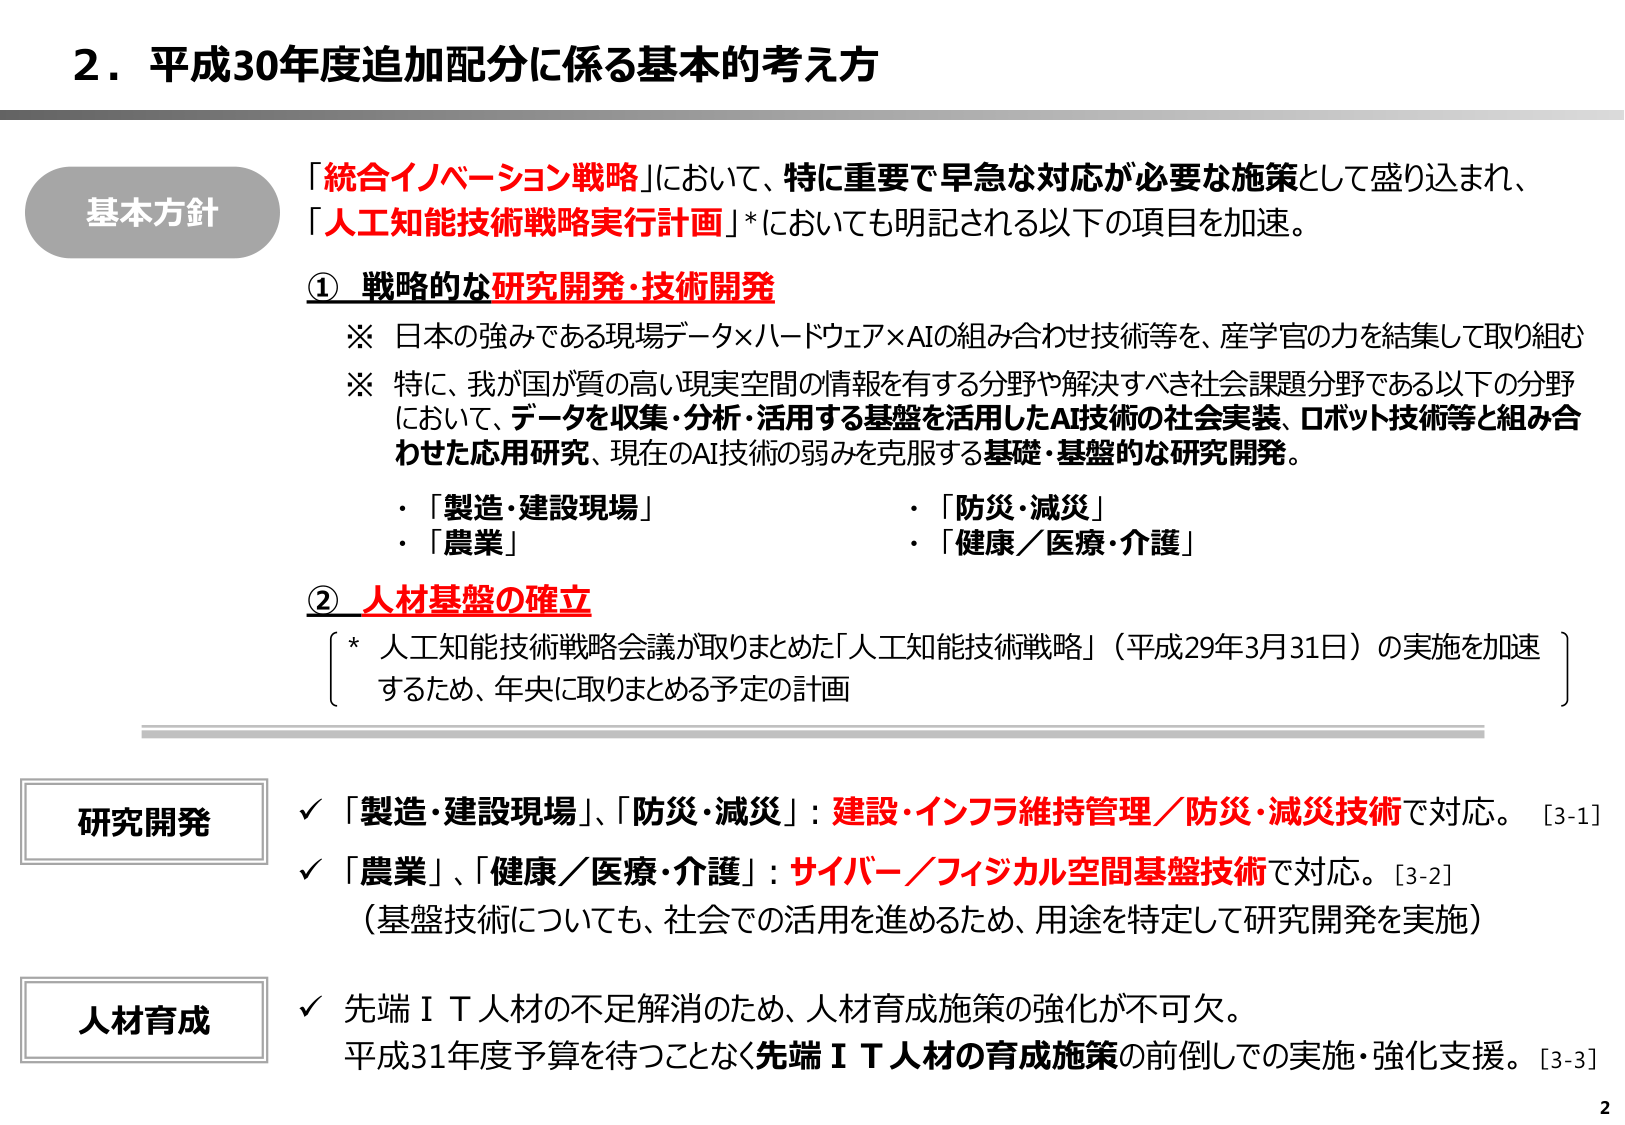
2．平成30年度追加配分に係る基本的考え方

基本方針
「統合イノベーション戦略」において、特に重要で早急な対応が必要な施策として盛り込まれ、
「人工知能技術戦略実行計画」*においても明記される以下の項目を加速。

① 戦略的な研究開発・技術開発
※ 日本の強みである現場データ×ハードウェア×AIの組み合わせ技術等を、産学官の力を結集して取り組む
※ 特に、我が国が質の高い現実空間の情報を有する分野や解決すべき社会課題分野である以下の分野
において、データを収集・分析・活用する基盤を活用したAI技術の社会実装、ロボット技術等と組み合
わせた応用研究、現在のAI技術の弱みを克服する基礎・基盤的な研究開発。
・「製造・建設現場」
・「農業」
・「防災・減災」
・「健康／医療・介護」

② 人材基盤の確立
* 人工知能技術戦略会議が取りまとめた「人工知能技術戦略」（平成29年3月31日）の実施を加速
するため、年央に取りまとめる予定の計画

研究開発
✓ 「製造・建設現場」、「防災・減災」：建設・インフラ維持管理／防災・減災技術で対応。[3-1]
✓ 「農業」、「健康／医療・介護」：サイバー／フィジカル空間基盤技術で対応。[3-2]
（基盤技術についても、社会での活用を進めるため、用途を特定して研究開発を実施）

人材育成
✓ 先端ＩＴ人材の不足解消のため、人材育成施策の強化が不可欠。
平成31年度予算を待つことなく先端ＩＴ人材の育成施策の前倒しでの実施・強化支援。[3-3]

2